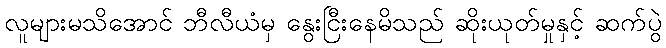
လူများမသိအောင် ဘီလီယံမှ နွေးငြီးနေမိသည် ဆိုးယုတ်မှုနှင့် ဆက်ပွဲ